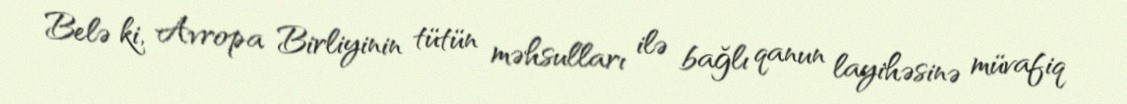
Belə ki, Avropa Birliyinin tütün məhsulları ilə bağlı qanun layihəsinə müvafiq